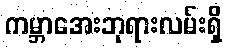
ကမ္ဘာအေးဘုရားလမ်းရှိ